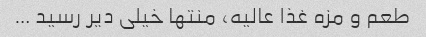
طعم و مزه غذا عالیه، منتها خیلی دیر رسید …